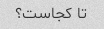
تا کجاست؟